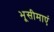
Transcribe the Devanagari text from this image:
भूसीमाएं